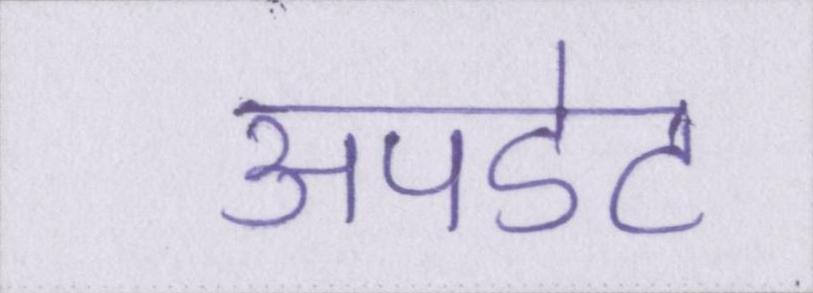
अपडेट